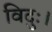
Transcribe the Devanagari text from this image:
विदुः।